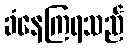
ခံနေကြရသည်